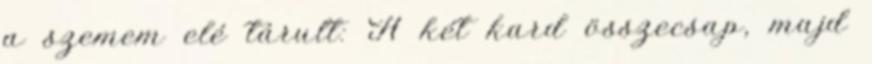
a szemem elé tárult: A két kard összecsap, majd